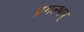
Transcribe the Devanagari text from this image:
प्रगल्भम्